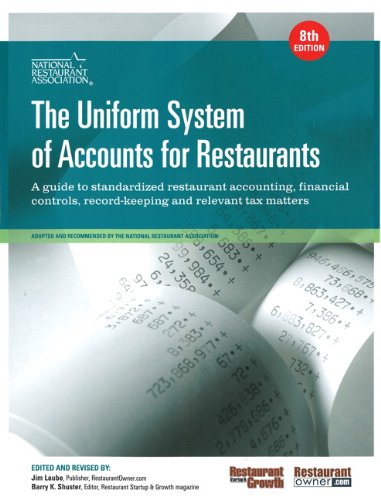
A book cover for The Uniform System of Accounts for Restaurants (8th Edition); National Restaurant Association; Business & Money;